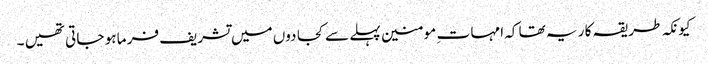
کیونکہ طر یقہ کا ر یہ تھا کہ امہا ت ِ مو منین پہلے سے کجا دوں میں تشریف فر ما ہو جا تی تھیں ۔